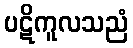
ပဋိကူလသညံ